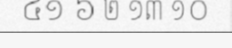
៤១ ៦ ២ ១៣ ១០